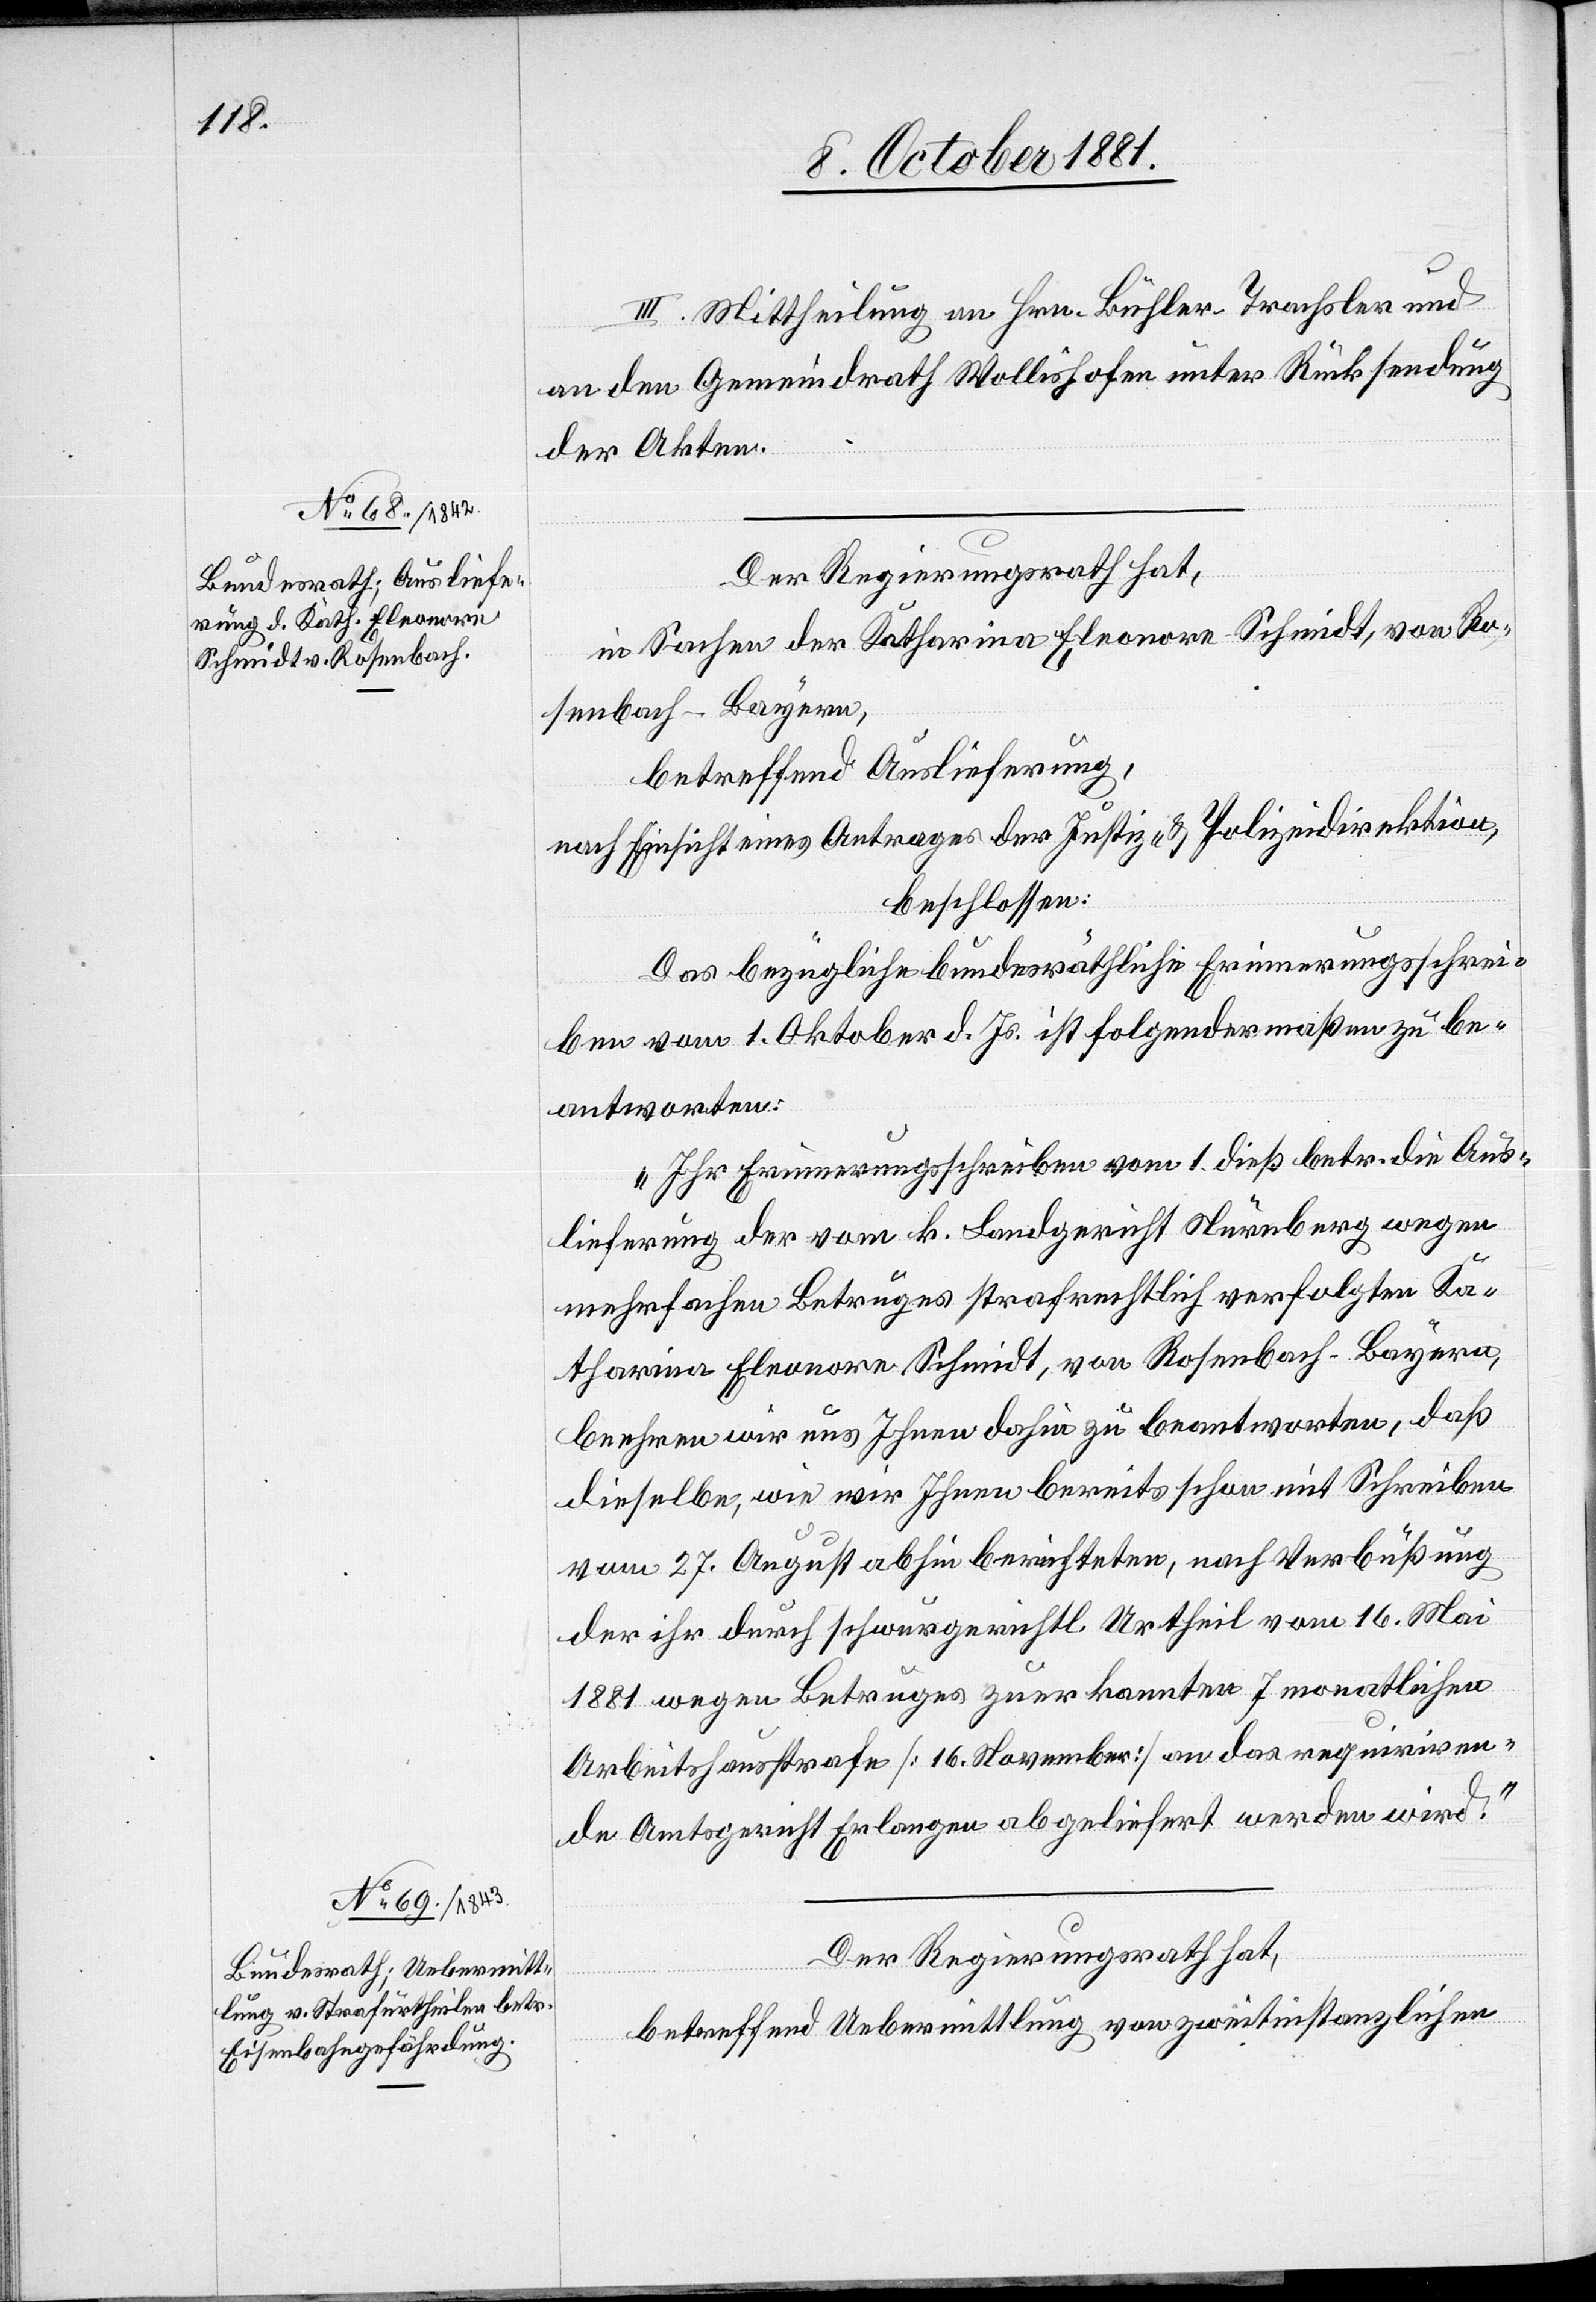
III. Mittheilung an Hrn. Bühler-Trachsler und
an den Gemeindrath Wollishofen unter Rücksendung
der Akten.
Der Regierungsrath hat,
in Sachen der Katharina Eleonore Schmidt, von Ro¬
senbach-Bayern,
betreffend Auslieferung,
nach Einsicht eines Antrages der Justiz- & Polizeidirektion,
beschlossen:
Das bezügliche bundesräthliche Erinnerungsschrei¬
ben vom 1. Oktober d. Js. ist folgendermaßen zu be¬
antworten:
„Ihr Erinnerungsschreiben vom 1. dieß betr. die Aus¬
lieferung der vom k. Landgericht Nürnberg wegen
mehrfachen Betruges strafrechtlich verfolgten Ka¬
tharina Eleonore Schmidt, von Rosenbach - Bayern,
beehren wir uns Ihnen dahin zu beantworten, daß
dieselbe, wie wir Ihnen bereits schon mit Schreiben
vom 27. August abhin berichteten, nach Verbüßung
der ihr durch schwurgerichtl. Urtheil vom 16. Mai
1881 wegen Betruges zuerkannten 7 monatlichen
Arbeitshausstrafe [16. November] an das requiriren¬
de Amtsgericht Erlangen abgeliefert werden wird.“
Der Regierungsrath hat,
betreffend Uebermittlung von zweitinstanzlichen